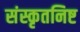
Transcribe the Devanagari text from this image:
संस्कृतनिष्ट